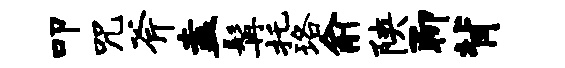
叩咒斧盍髯托珞俞陕聊背